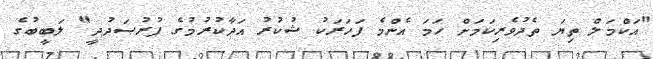
"އަކްމަލް ތިޔަ ތެދުވެރިކަމަށް ހަމަ އެންމެ ފަހަރަކު ޝުކުރު އަދާކުރުމުގެ ފުރުޞަދުދީ" ލަބީބުގެ